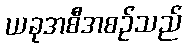
ယခုအစီအစဉ်သည်